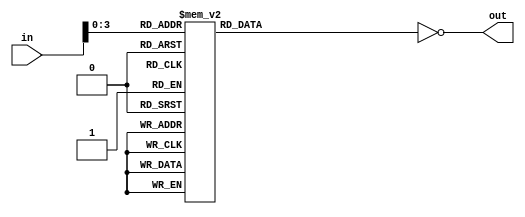
module ss
  (
    input[31:0] in,
    output reg[6:0] out
  );
	
    reg[6:0] out_temp;
    always @(*) begin
    case (in[3:0])
      4'b0000: out_temp <= 7'b0111111;
      4'b0001: out_temp <= 7'b0000110;
      4'b0010: out_temp <= 7'b1011011;
      4'b0011: out_temp <= 7'b1001111;
      4'b0100: out_temp <= 7'b1100110;
      4'b0101: out_temp <= 7'b1101101;
      4'b0110: out_temp <= 7'b1111101;
      4'b0111: out_temp <= 7'b0000111;
      4'b1000: out_temp <= 7'b1111111;
      4'b1001: out_temp <= 7'b1101111;
      4'b1010: out_temp <= 7'b1110111;
      4'b1011: out_temp <= 7'b1111111;
      4'b1100: out_temp <= 7'b0111001;
      4'b1101: out_temp <= 7'b0111111;
      4'b1110: out_temp <= 7'b1111001;
      4'b1111: out_temp <= 7'b1110001;
    endcase
	 out <= ~out_temp;
  end
endmodule